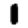
Digit: 1